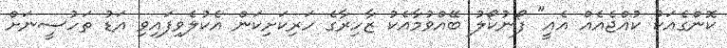
ކޮންގެއަކު ކުއްޖެއެއް އެއީ" ފޯނުކޯލު ބޭއްވުމާއެކު ޒާހިރާގެ ހަރިކަށިކަން އެކުލެވިފައިވި އަޑު ތަހުސީނަށް